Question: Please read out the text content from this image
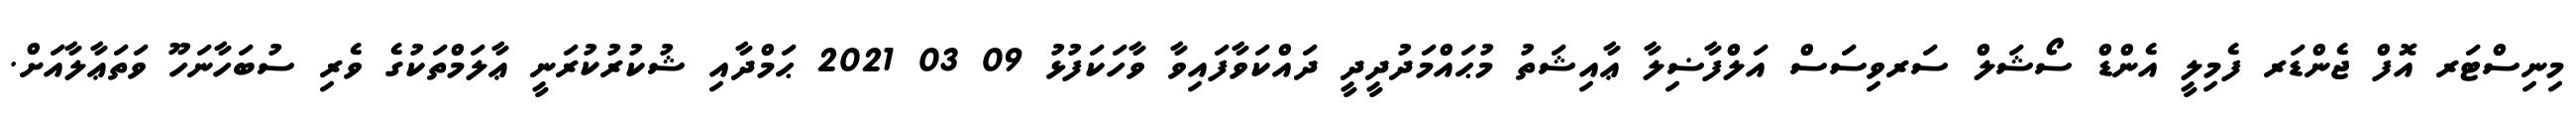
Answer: މިނިސްޓަރ އޮފް ޖެންޑަރ ފެމިލީ އެންޑް ސޯޝަލް ސަރވިސަސް އަލްފާޟިލާ ޢާއިޝަތު މުޙައްމަދުދީދީ ދައްކަވާފައިވާ ވާހަކަފުޅު 09 03 2021 ޙަމްދާއި ޝުކުރުކުރަނީ ޢާލަމްތަކުގެ ވެރި ސުބަހާނަހޫ ވަތަޢާލާއަށް.